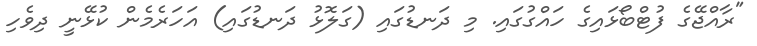
"ރާއްޖޭގެ ފުޓްބޯޅައިގެ ހައްގުގައި. މި ދަނޑުގައި (ގަލޮޅު ދަނޑުގައި) އަހަރެމެން ކުޅޭނީ ދިވެހި